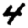
Digit: 4